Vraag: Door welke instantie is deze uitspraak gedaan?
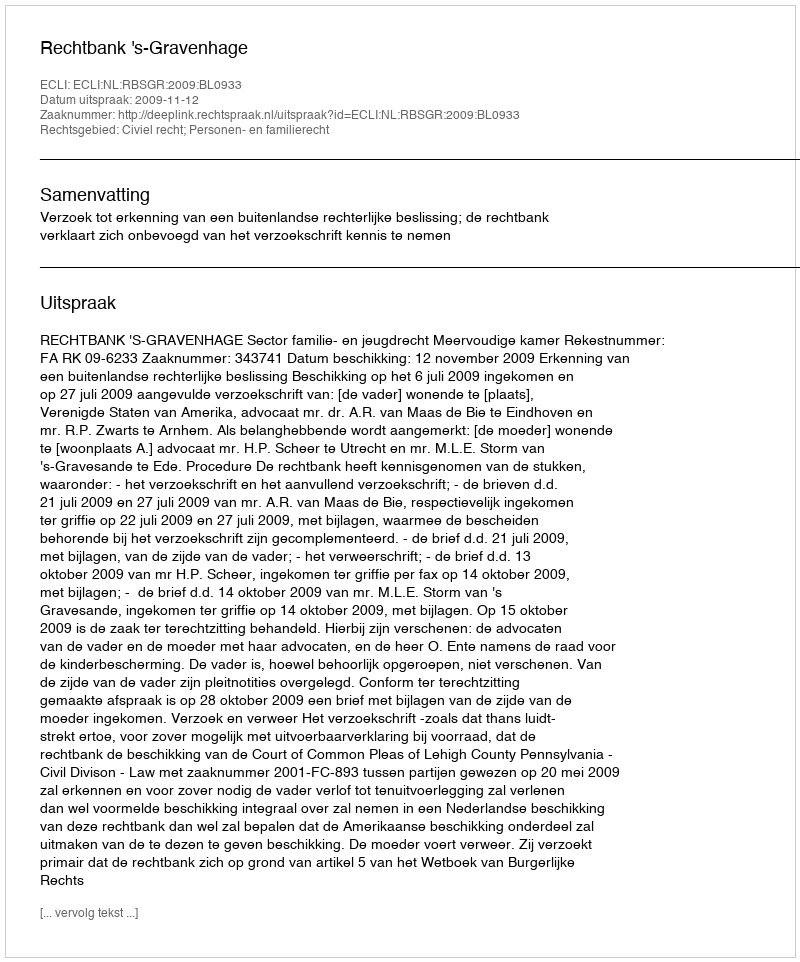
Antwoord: Rechtbank 's-Gravenhage